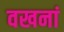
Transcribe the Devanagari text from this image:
वखनां